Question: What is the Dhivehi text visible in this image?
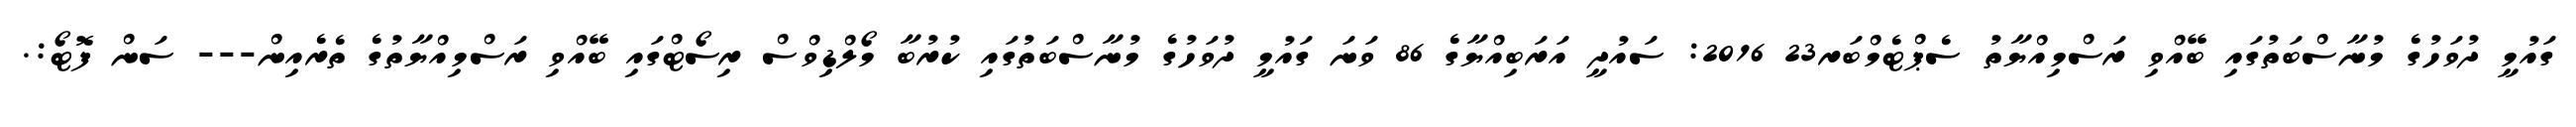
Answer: ގައުމީ ދުވަހުގެ މުނާސްބަތުގައި ބޭއްވި ރަސްމިއްޔާތު ސެޕްޓެމްބަރ23 2016: ސައުދީ އަރަބިއްޔާގެ 86 ވަނަ ގައުމީ ދުވަހުގެ މުނާސްބަތުގައި ކުރުބާ މޯލްޑިވްސް ރިސޯޓްގައި ބޭއްވި ރަސްމިއްޔާތުގެ ތެރެއިން--- ސަން ފޮޓޯ:.